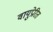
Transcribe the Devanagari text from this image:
वायुप्रेरित